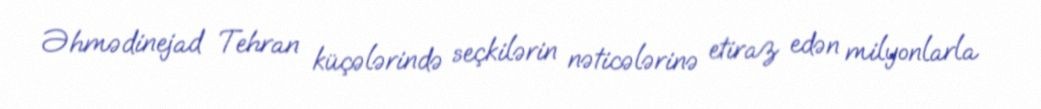
Əhmədinejad Tehran küçələrində seçkilərin nəticələrinə etiraz edən milyonlarla